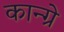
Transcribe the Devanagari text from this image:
कान्ग्रे